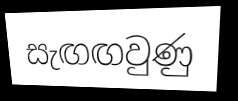
සැඟඟවුණු